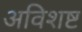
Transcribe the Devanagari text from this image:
अविशष्ट